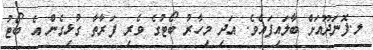
ލ.ފޮނަދޫއަށް ބާލައިފައެވެ. އަދި މިހާރު ބޯޓުގެ ވެރި ފަރާތާ ގުޅިގެން އެ ބޯޓު